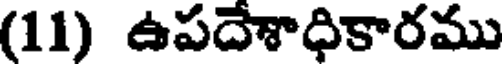
(11) ఉపదేశాధికారము